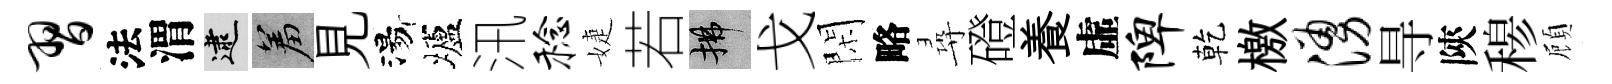
习法渭逮羞見湯壚汛稔婕若拂戈閑略尋磴養虛陴乾檄涌㝵陝𥠇頋